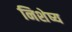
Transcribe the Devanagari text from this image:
निशेष्य